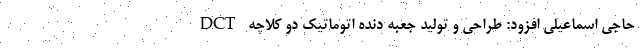
حاجی اسماعیلی افزود: طراحی و تولید جعبه دنده اتوماتیک دو کلاچه DCT